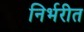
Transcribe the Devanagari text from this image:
निर्भरीत